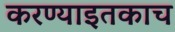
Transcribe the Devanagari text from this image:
करण्याइतकाच